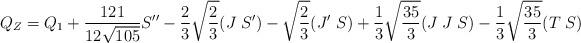
LaTeX: \begin{align*}Q_Z = Q_1+\frac{121}{12\sqrt{105}} S''-\frac{2}{3}\sqrt{\frac{2}{3}} (J\; S')- \sqrt{\frac{2}{3}} (J'\; S)+ \frac{1}{3}\sqrt{\frac{35}{3}} (J\; J\;S)-\frac{1}{3}\sqrt{\frac{35}{3}} (T \; S) \end{align*}